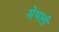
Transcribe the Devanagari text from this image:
सेभली